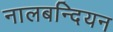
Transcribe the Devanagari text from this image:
नालबन्दियन